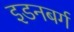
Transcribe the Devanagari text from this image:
इडनबर्ग